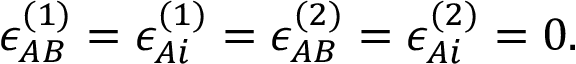
\epsilon _ { A B } ^ { ( 1 ) } = \epsilon _ { A i } ^ { ( 1 ) } = \epsilon _ { A B } ^ { ( 2 ) } = \epsilon _ { A i } ^ { ( 2 ) } = 0 .